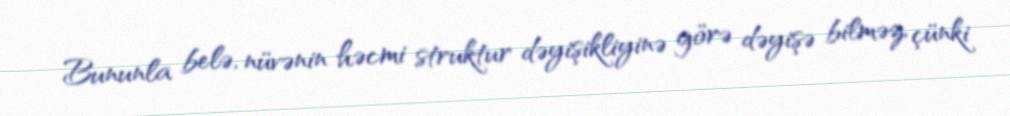
Bununla belə, nüvənin həcmi struktur dəyişikliyinə görə dəyişə bilməz, çünki